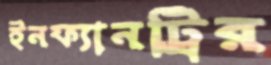
ইনফ্যানট্রির